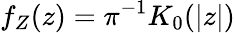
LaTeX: f_{Z}(z)=\pi^{-1}K_{0}(|z|)